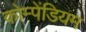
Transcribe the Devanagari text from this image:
कोम्पेंडियम